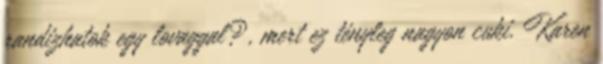
randizhatok egy lovaggal?, mert ez tényleg nagyon cuki. Karen